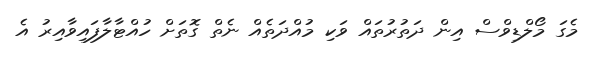
މެގަ މޯލްޑިވްސް އިން ދަތުރުތައް ވަކި މުއްދަތެއް ނެތް ގޮތަށް ހުއްޓާލާފައިވާއިރު އެ